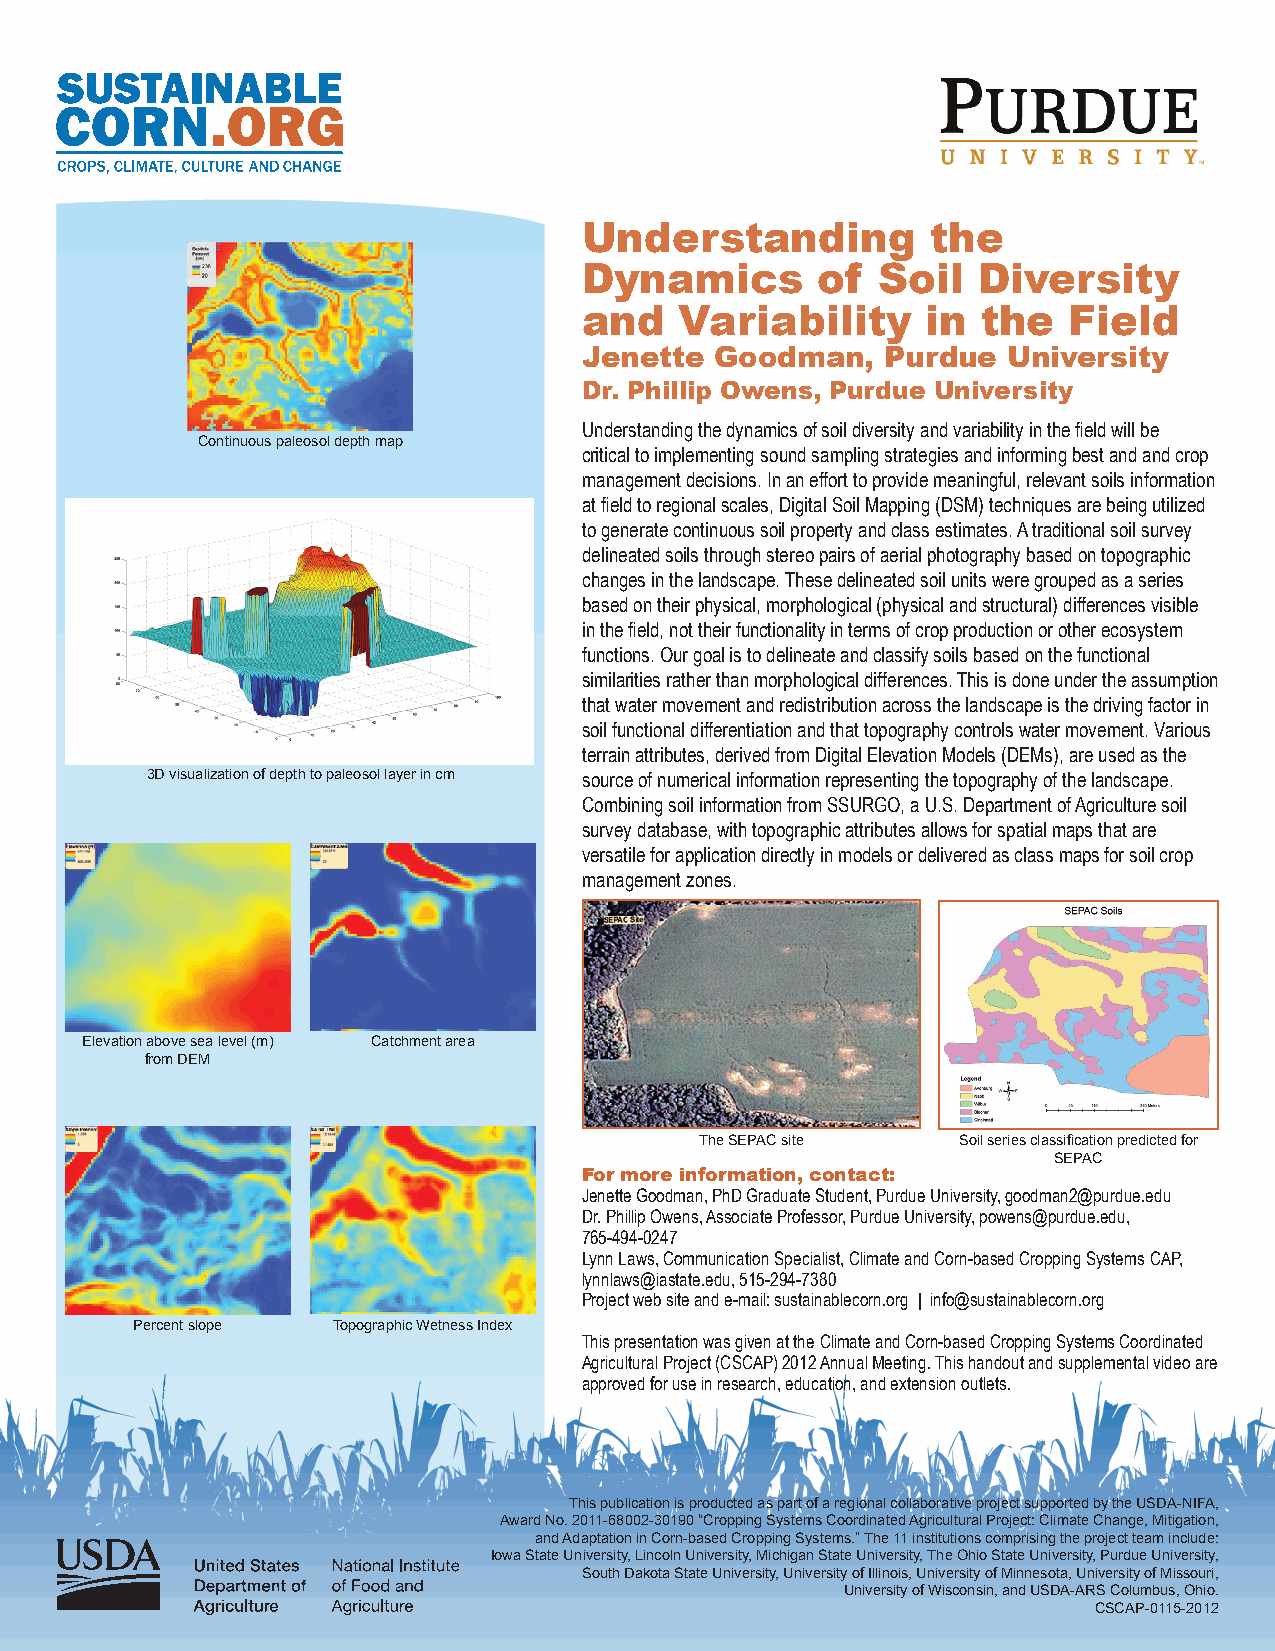
Understanding          the
 Dynamics       of  Soil   Diversity
 and   Variability     in  the   Field
 Jenette Goodman,    Purdue  University
 Dr. Phillip Owens, Purdue University
 Understanding the dynamics of soil diversity and variability in the field will be
 Continuous paleosol depth map
 critical to implementing sound sampling strategies and informing best and and crop
 management decisions. In an effort to provide meaningful, relevant soils information
 at field to regional scales, Digital Soil Mapping (DSM) techniques are being utilized
 to generate continuous soil property and class estimates. A traditional soil survey
 delineated soils through stereo pairs of aerial photography based on topographic
 changes in the landscape. These delineated soil units were grouped as a series
 based on their physical, morphological (physical and structural) differences visible
 in the field, not their functionality in terms of crop production or other ecosystem
 functions. Our goal is to delineate and classify soils based on the functional
 similarities rather than morphological differences. This is done under the assumption
 that water movement and redistribution across the landscape is the driving factor in
 soil functional differentiation and that topography controls water movement. Various
 terrain attributes, derived from Digital Elevation Models (DEMs), are used as the
 3D visualization of depth to paleosol layer in cm source of numerical information representing the topography of the landscape.
 Combining soil information from SSURGO, a U.S. Department of Agriculture soil
 survey database, with topographic attributes allows for spatial maps that are
 versatile for application directly in models or delivered as class maps for soil crop
 management zones.
 Elevation above sea level (m) Catchment area
 from DEM
 The SEPAC site   Soil series classification predicted for
 SEPAC
 For more information, contact:
 Jenette Goodman, PhD Graduate Student, Purdue University, goodman2@purdue.edu
 Dr. Phillip Owens, Associate Professor, Purdue University, powens@purdue.edu,
 765-494-0247
 Lynn Laws, Communication Specialist, Climate and Corn-based Cropping Systems CAP,
 lynnlaws@iastate.edu, 515-294-7380
 Project web site and e-mail: sustainablecorn.org | info@sustainablecorn.org
 Percent slope Topographic Wetness Index
 This presentation was given at the Climate and Corn-based Cropping Systems Coordinated
 Agricultural Project (CSCAP) 2012 Annual Meeting. This handout and supplemental video are
 approved for use in research, education, and extension outlets.
 This publication is producted as part of a regional collaborative project supported by the USDA-NIFA,
 Award No. 2011-68002-30190 “Cropping Systems Coordinated Agricultural Project: Climate Change, Mitigation,
 and Adaptation in Corn-based Cropping Systems.” The 11 institutions comprising the project team include:
 Iowa State University, Lincoln University, Michigan State University, The Ohio State University, Purdue University,
 South Dakota State University, University of Illinois, University of Minnesota, University of Missouri,
 University of Wisconsin, and USDA-ARS Columbus, Ohio.
 CSCAP-0115-2012